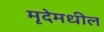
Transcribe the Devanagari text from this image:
मृदेमधील